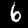
Label: 6